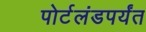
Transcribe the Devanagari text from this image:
पोर्टलंडपर्यंत